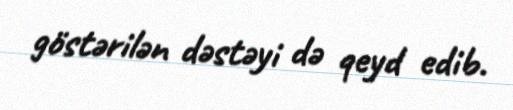
göstərilən dəstəyi də qeyd edib.